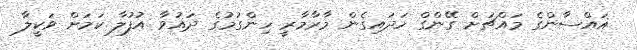
ޣައްސާންގެ މައްޗަށް ގޭންގް ހަދައިގެން މާރާމާރީ ހިންގުމުގެ ދައުވާ އުފުލާ ކަމަށް ވަކީލާ